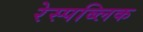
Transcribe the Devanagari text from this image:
रेस्पब्लिक